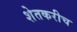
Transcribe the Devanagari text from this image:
शेतकरीच